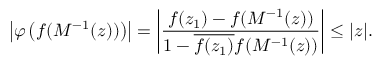
\left| \varphi \left( f ( M ^ { - 1 } ( z ) ) \right) \right| = \left| { \frac { f ( z _ { 1 } ) - f ( M ^ { - 1 } ( z ) ) } { 1 - { \overline { { f ( z _ { 1 } ) } } } f ( M ^ { - 1 } ( z ) ) } } \right| \leq | z | .